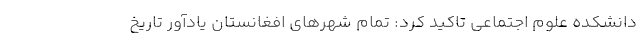
دانشکده علوم اجتماعی تاکید کرد: تمام شهرهای افغانستان یادآور تاریخ